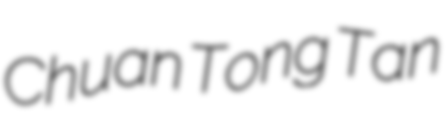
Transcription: Chuan Tong Tan